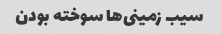
سیب زمینی‌ها سوخته بودن